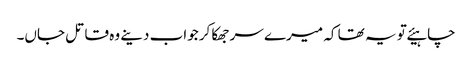
چاہیئے تو یہ تھا کہ میرے سر جھکا کر جواب دینے وہ قاتل جاں۔